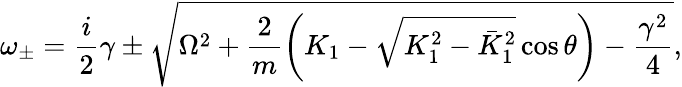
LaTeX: \omega_{\pm}=\frac{i}{2}\gamma\pm\sqrt{\Omega^{2}+\frac{2}{m}\left(K_{1}-\sqrt{K_{1}^{2}-\bar{K}_{1}^{2}}\cos\theta\right)-\frac{\gamma^{2}}{4}},